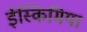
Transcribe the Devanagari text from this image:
ईस्किमिया